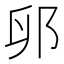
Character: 𫑙